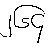
၂၆၄